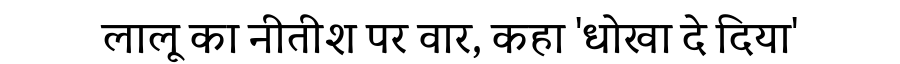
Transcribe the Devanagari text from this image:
लालू का नीतीश पर वार, कहा 'धोखा दे दिया'